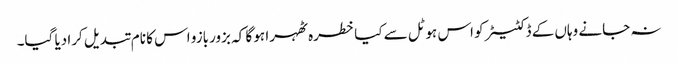
نہ جانے وہاں کے ڈکٹیٹر کو اس ہوٹل سے کیا خطرہ ٹھہرا ہو گا کہ بزوربازو اس کا نام تبدیل کرا دیا گیا۔